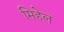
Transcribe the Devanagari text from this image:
मिहेल